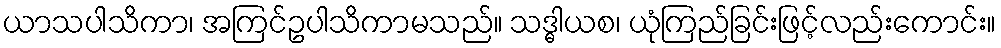
ယာသပါသိကာ၊ အကြင်ဥပါသိကာမသည်။ သဒ္ဓါယစ၊ ယုံကြည်ခြင်းဖြင့်လည်းကောင်း။